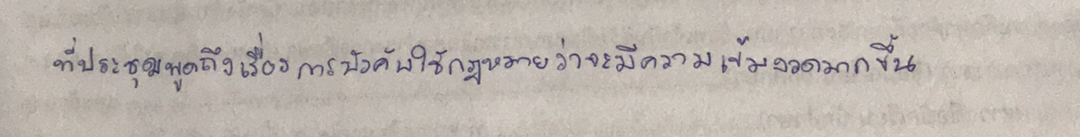
ที่ประชุมพูดถึงเรื่องการบังคับใช้กฎหมายว่าจะมีความเข้มงวดมากขึ้น